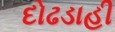
દોઢડાહી